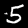
Label: 5